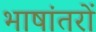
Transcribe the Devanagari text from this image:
भाषांतरों